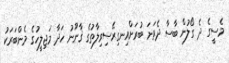
މެސީގެ ދެ ގޯލުން ބާސާ ދެވަނަ ބުރަށްއިނގިރޭސިވިލާތުގެ ޤާނޫނު ހަދާ މަޖިލީހުގެ މެންބަރަކު